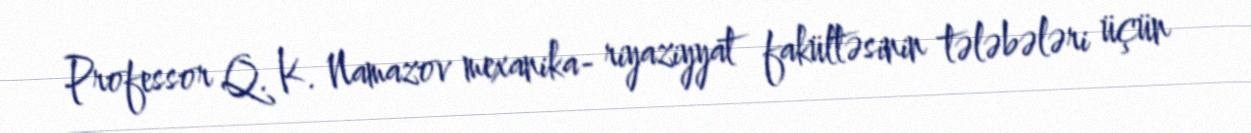
Professor Q. K. Namazov mexanika- riyaziyyat fakültəsinin tələbələri üçün